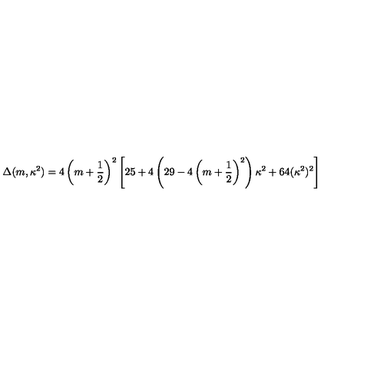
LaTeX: \Delta ( m , \kappa ^ { 2 } ) = 4 \left( m + \frac 1 2 \right) ^ { 2 } \left[ 2 5 + 4 \left( 2 9 - 4 \left( m + \frac 1 2 \right) ^ { 2 } \right) \kappa ^ { 2 } + 6 4 ( \kappa ^ { 2 } ) ^ { 2 } \right]